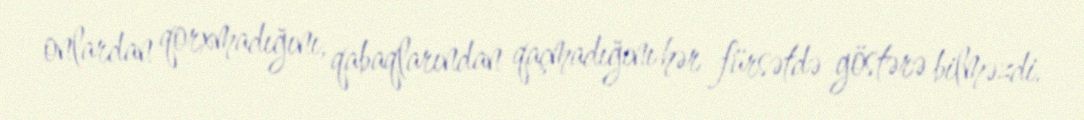
onlardan qorxmadığını, qabaqlarından qaçmadığını hər fürsətdə göstərə bilməzdi.